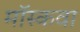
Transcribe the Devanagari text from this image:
मॉस्कवा